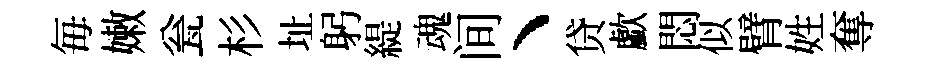
毎嫩瓮杉址躬緹魂间丶贷歔悶似臂姓奪